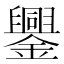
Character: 𨮆